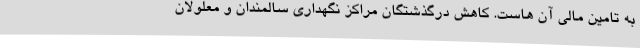
به تامین مالی آن هاست. کاهش درگذشتگان مراکز نگهداری سالمندان و معلولان